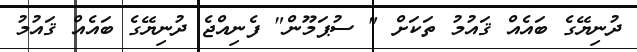
ދުނިޔޭގެ ބައެއް ޤައުމު ތަކަށް " ސުޕަމޫން" ފެނިއްޖެ ދުނިޔޭގެ ބައެއް ޤައުމު